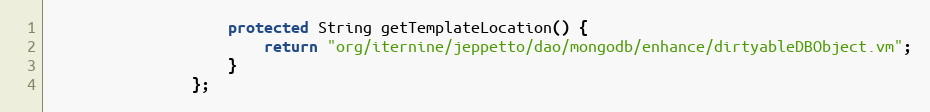
Language: Java
                    protected String getTemplateLocation() {
                        return "org/iternine/jeppetto/dao/mongodb/enhance/dirtyableDBObject.vm";
                    }
                };